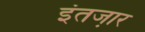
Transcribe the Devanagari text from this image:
इंतजा़र